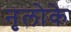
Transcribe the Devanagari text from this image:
नृलोके